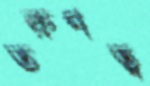
তরুণত্ব